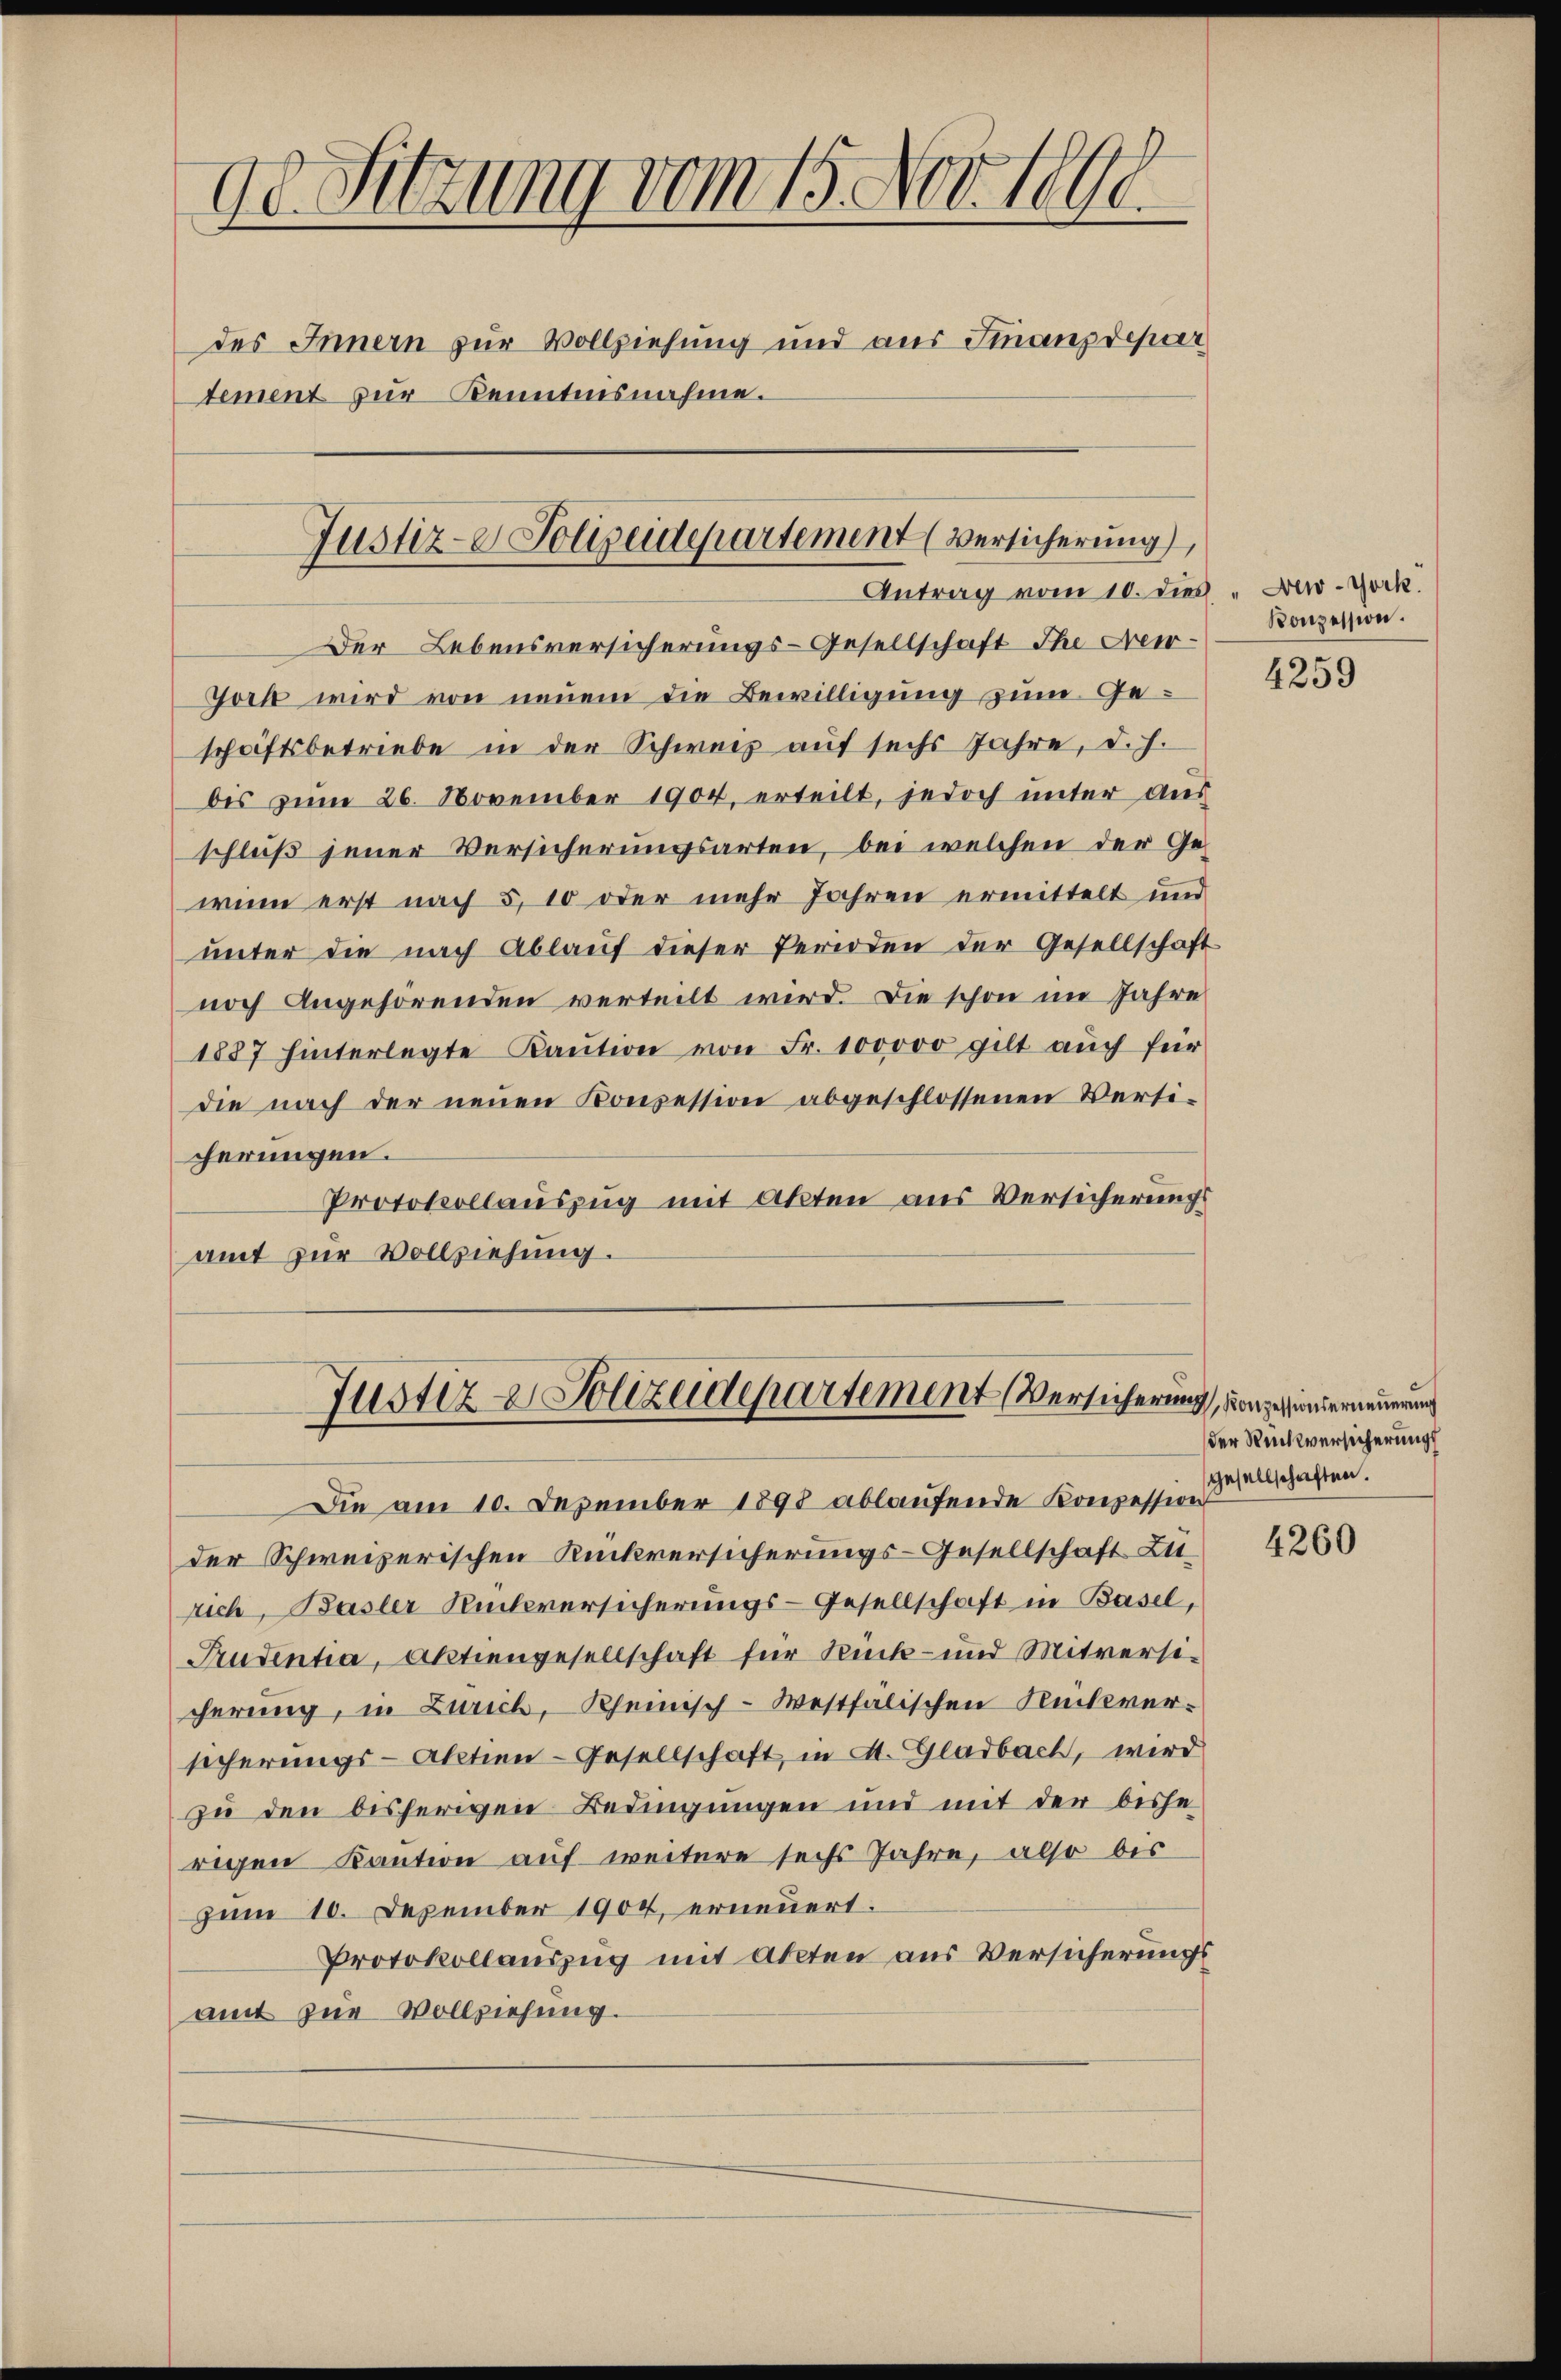
dd Sitzung vom 15. Nov. 1890
des Innern zur Vollziehung und aus Finanzdepar
tement zur Kenntnisnahme.

Justiz- & Polizeidepartement (Versicherung,

Antrag vom 10. dies
Der Lebensversicherungs-Gesellschaft Ihr Neer¬
Joch wird von neuem die Bewilligung zum Geschäftsbetriebe in der Schweiz auf sechs Jahre, d. h.
bis zŭm 26. November 1904. erteilt, jedoch unter aŭs
schluß jener Versicherungsarten, bei welchen der Gewenn erst nach 5, 10 oder mehr Jahren ermittelt und
unter die nach Ablauf dieser Perioden der Gesellschaft
noch Angehörenden verteilt wird. Die schon im Jahre
1887 hinterlegte Kaŭtion von Fr. 100000 gilt aŭch für
die nach der neŭen Konzession abgeschlossenen Verti-
cherungen.
Protokollauszug mit Akten aus Versicherungs
amt zur Vollziehung.

Die am 10. Dezember 1898 ablaufende Konzession
der Schweizerischen Rückversicherungs-Gesellschaft Zurich, Basler Rücksversicherungs-Gesellschaft in Basel,
Prudentia, Aktiengesellschaft für Rück- und Mitversicherung, in Zürich, Rheinisch-Westfalischen Rückversicherungs-Aktien-Gesellschaft, in A. Gladbach, wird
zu den bisherigen Bedingungen und mit der bishe
rigen Kaution auf weitere sechs Jahre, also bis
zum 10. Dezember 1904, erneuert.
Protokollauszug mit Akten aus Versicherungs
amt zur Vollziehung.

Justiz- & Polizeidepartement Versicherung, vorgehinderneuerung

New-York.
Konzession.

4259

der Rückversicherung
gesellschaften.

4260